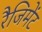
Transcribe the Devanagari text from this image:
रैजिमेंट